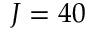
J = 4 0